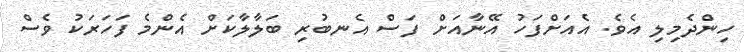
ހިންދެމިލި އެވެ. އެއަށްފަހު އޭނާއަށް ފަސް އެނބުރި ބަލާލާކަށް އެންމެ ފަހަރަކު ވެސް